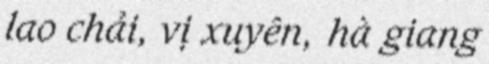
lao chải, vị xuyên, hà giang